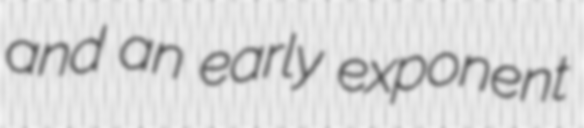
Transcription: and an early exponent